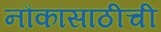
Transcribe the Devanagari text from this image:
नौकांसाठीची